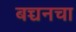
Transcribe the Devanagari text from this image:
बच्चनचा